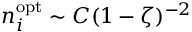
n _ { i } ^ { \mathrm { o p t } } \sim C ( 1 - \zeta ) ^ { - 2 }